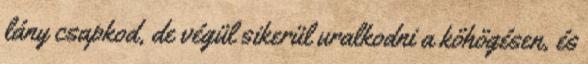
lány csapkod, de végül sikerül uralkodni a köhögésen, és